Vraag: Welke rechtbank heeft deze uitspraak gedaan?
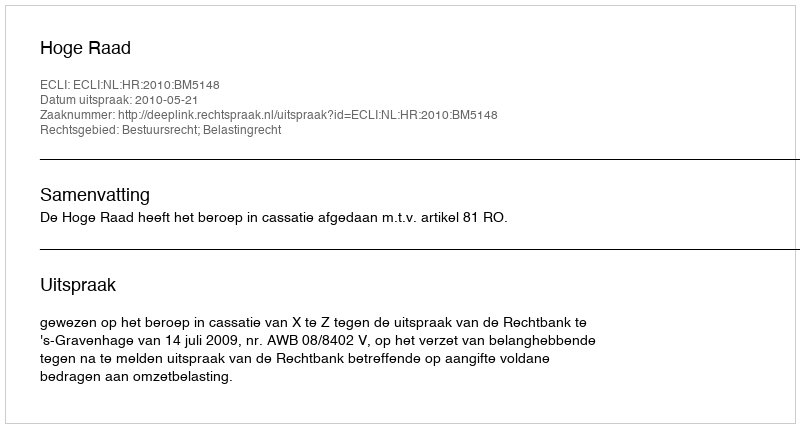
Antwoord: Hoge Raad